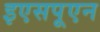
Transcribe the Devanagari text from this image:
इएसपूएन